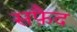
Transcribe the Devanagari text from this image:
सफै़द